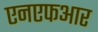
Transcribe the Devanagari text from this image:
एनएफआर